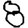
Digit: 8